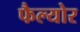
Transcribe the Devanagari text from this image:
फैल्योर